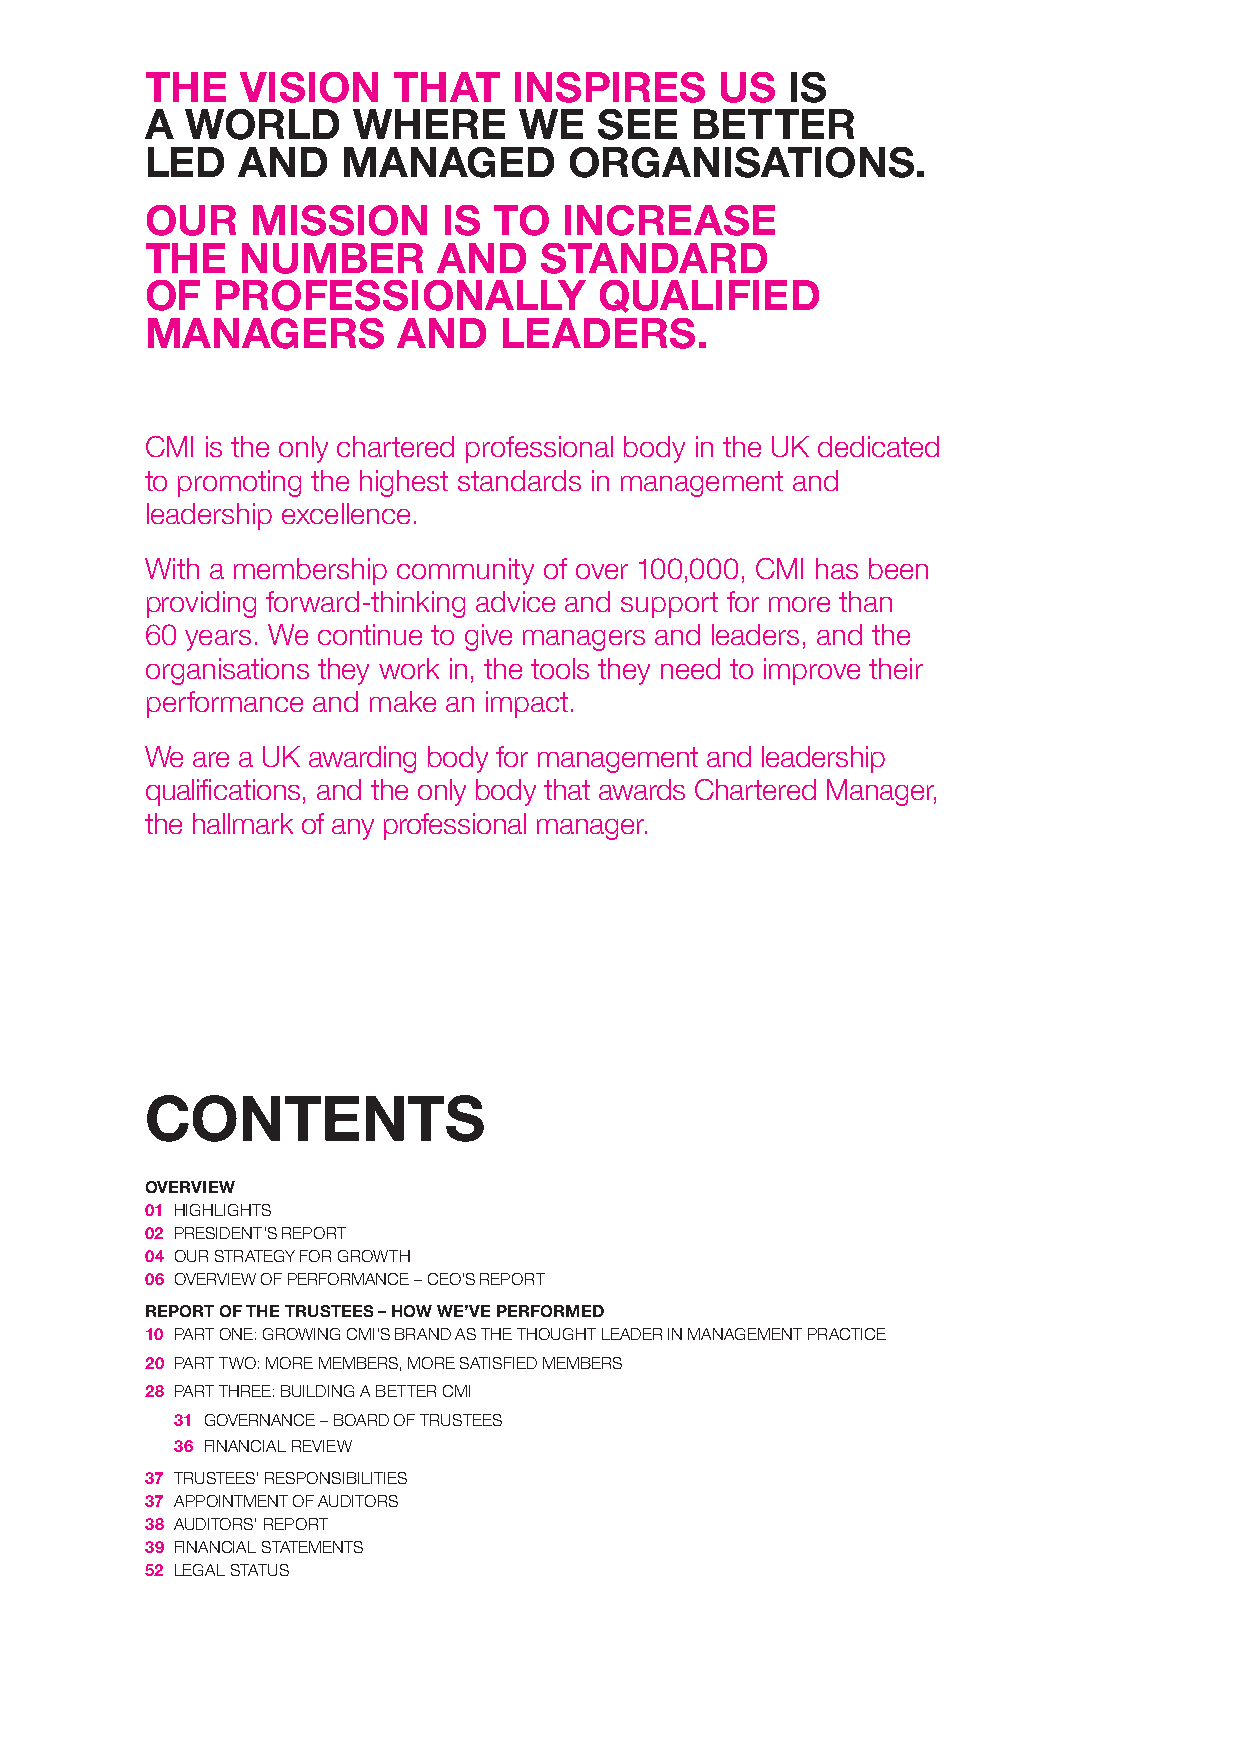
THE   VISION    THAT    INSPIRES      US  IS
 A WORLD      WHERE      WE    SEE   BETTER
 LED   AND    MANAGED        ORGANISATIONS.
 OUR    MISSION     IS  TO  INCREASE
 THE   NUMBER       AND    STANDARD
 OF  PROFESSIONALLY            QUALIFIED
 MANAGERS        AND    LEADERS.
 CMI is the only chartered professional body in the UK dedicated
 to promoting the highest standards in management and
 leadership excellence.
 With a membership community of over 100,000, CMI has been
 providing forward-thinking advice and support for more than
 60 years. We continue to give managers and leaders, and the
 organisations they work in, the tools they need to improve their
 performance and make an impact.
 We are a UK awarding body for management and leadership
 qualifications, and the only body that awards Chartered Manager,
 the hallmark of any professional manager.
 CONTENTS
 OVERVIEW
 01 HIGHLIGHTS
 02 PRESIDENT’S REPORT
 04 OUR STRATEGY FOR GROWTH
 06 OVERVIEW OF PERFORMANCE – CEO’S REPORT
 REPORT OF THE TRUSTEES – HOW WE’VE PERFORMED
 10 PART ONE: GROWING CMI’S BRAND AS THE THOUGHT LEADER IN MANAGEMENT PRACTICE
 20 PART TWO: MORE MEMBERS, MORE SATISFIED MEMBERS
 28 PART THREE: BUILDING A BETTER CMI
 31 GOVERNANCE – BOARD OF TRUSTEES
 36 FINANCIAL REVIEW
 37 TRUSTEES’ RESPONSIBILITIES
 37 APPOINTMENT OF AUDITORS
 38 AUDITORS’ REPORT
 39 FINANCIAL STATEMENTS
 52 LEGAL STATUS